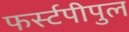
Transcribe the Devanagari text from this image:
फर्स्टपीपुल